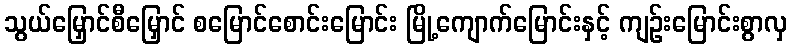
သွယ်မြှောင်စီမြှောင် စမြောင်စောင်းမြောင်း မြို့ကျောက်မြောင်းနှင့် ကျဉ်းမြောင်းစွာလှ